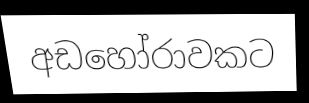
අඩහෝරාවකට